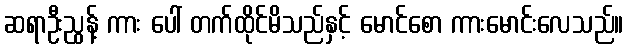
ဆရာဦးညွန့် ကား ပေါ် တက်ထိုင်မိသည်နှင့် မောင်စော ကားမောင်းလေသည်။